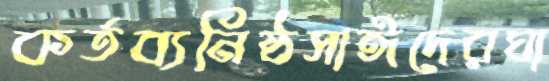
কর্তব্যনিষ্ঠসাঈদেরঘা